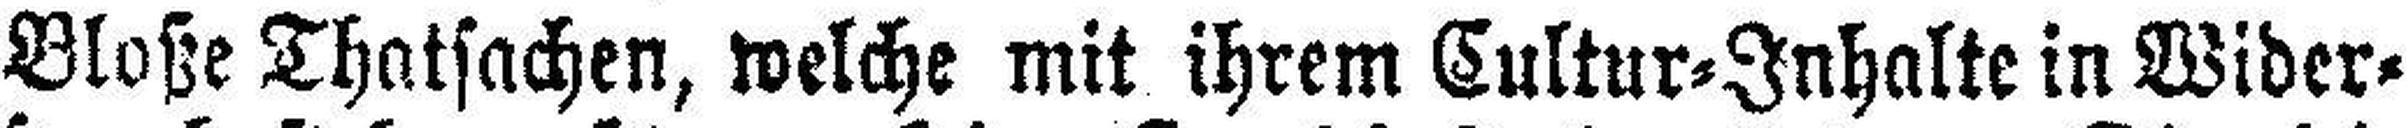
Bloße Thatsachen, welche mit ihrem Cultur=Inhalte in Wider¬